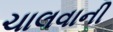
ચાલવાની